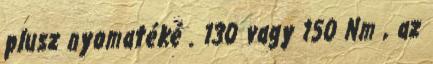
plusz nyomatéké . 130 vagy 150 Nm , az